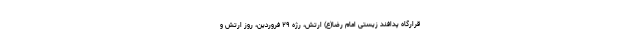
قرارگاه پدافند زیستی امام رضا(ع) ارتش، رژه ۲۹ فروردین، روز ارتش و